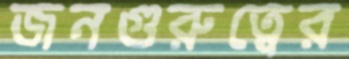
জনগুরুত্বের